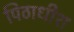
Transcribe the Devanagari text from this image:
पिठाधीश